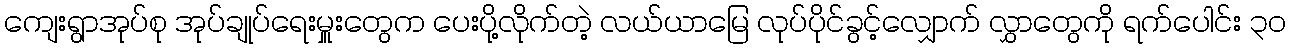
ကျေးရွာအုပ်စု အုပ်ချုပ်ရေးမှူးတွေက ပေးပို့လိုက်တဲ့ လယ်ယာမြေ လုပ်ပိုင်ခွင့်လျှောက် လွှာတွေကို ရက်ပေါင်း ၃၀